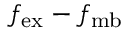
f _ { \mathrm { e x } } - f _ { \mathrm { m b } }